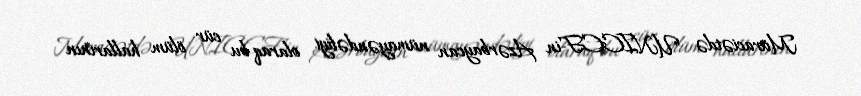
Müraciətdə "UNICEF-in Azərbaycan nümayəndəliyi olaraq bu cür ölüm hallarının